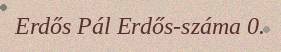
Erdős Pál Erdős-száma 0.